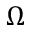
\Omega